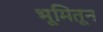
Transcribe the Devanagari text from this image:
भूमितून